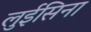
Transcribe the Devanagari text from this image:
लुईसिना